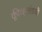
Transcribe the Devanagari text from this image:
क्लीव्हलंडची